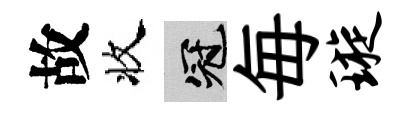
故收冠毎璇